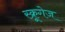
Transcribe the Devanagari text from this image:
स्क्रूगेज